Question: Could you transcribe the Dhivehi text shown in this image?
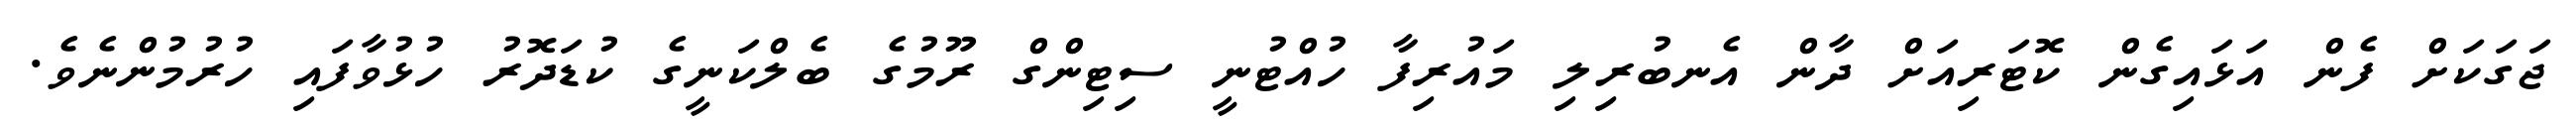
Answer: ޖަގަކަށް ފެން އަޅައިގެން ކޮޓަރިއަށް ދާން އެނބުރިލި މައުރިފާ ހުއްޓުނީ ސިޓިންގް ރޫމުގެ ބެލްކަނީގެ ކުޑަދޮރު ހުޅުވާފައި ހުރުމުންނެވެ.